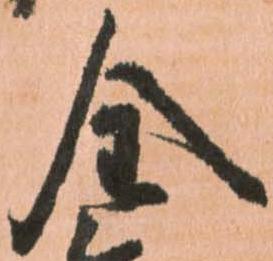
全